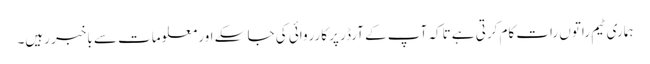
ہماری ٹیم راتوں رات کام کرتی ہے تاکہ آپ کے آرڈر پر کارروائی کی جا سکے اور معلومات سے باخبر رہیں۔